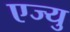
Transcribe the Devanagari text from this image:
एज्‍यु